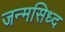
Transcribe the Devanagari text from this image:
जन्मसिध्द